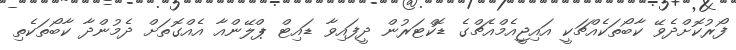
ފޯރުކޮށްދެވޭ ކާބޯތަކެއްޗަކީ އައިޖީއެމްއެޗްގެ ޑޮކްޓަރުން ދީފައިވާ ޑައިޓް ޕްލޭންއާ އެއްގޮތަށް ދެމުންދާ ކާބޯތަކެތި